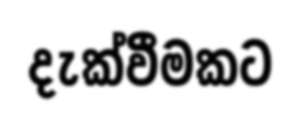
දැක්වීමකට